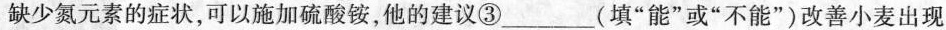
缺少氮元素的症状，可以施加硫酸铵，他的建议③___(填”能”或”不能”)改善小麦出现